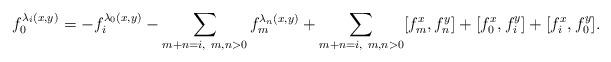
LaTeX: \begin{align*} f_0^{\lambda_i(x,y)}=-f_i^{\lambda_0(x,y)}-\sum_{m+n=i,~m,n>0}f_m^{\lambda_n(x,y)} +\sum_{m+n=i,~m,n>0}[f_m^x,f_n^{y}]+[f_0^x,f_i^{y}]+[f_i^x,f_0^{y}].\end{align*}